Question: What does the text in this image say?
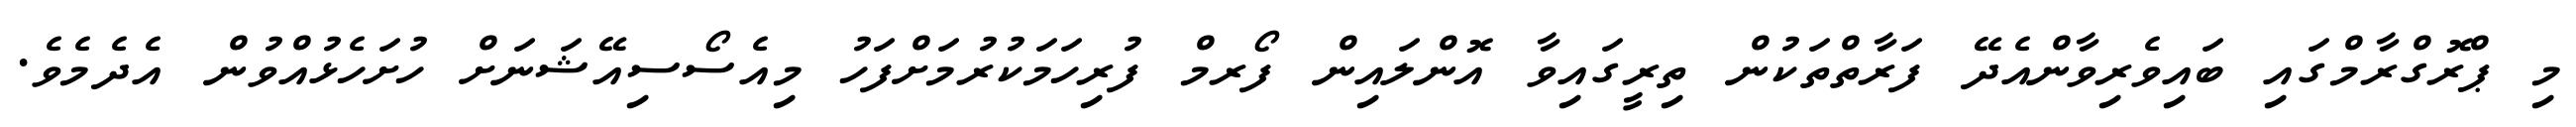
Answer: މި ޕްރޮގްރާމްގައި ބައިވެރިވާންއެދޭ ފަރާތްތަކުން ތިރީގައިވާ އޮންލައިން ފޯރމް ފުރިހަމަކުރުމަށްފަހު މިއެސޯސިއޭޝަނަށް ހުށަހެޅުއްވުން އެދެމެވެ.